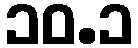
၁၀.၁